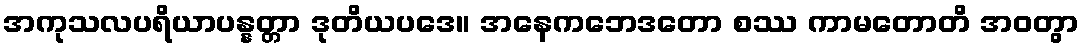
အကုသလပရိယာပန္နတ္တာ ဒုတိယပဒေ။ အနေကဘေဒတော စဿ ကာမတောတိ အဝတွာ